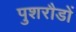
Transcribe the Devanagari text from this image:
पुशरौडों